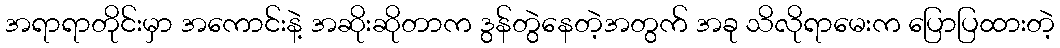
အရာရာတိုင်းမှာ အကောင်းနဲ့ အဆိုးဆိုတာက ဒွန်တွဲနေတဲ့အတွက် အခု သိလိုရာမေးက ပြောပြထားတဲ့